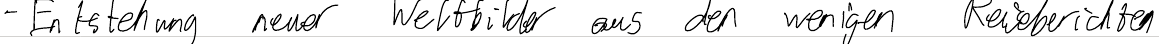
- Entstehung neuer Weltbilder aus den wenigen Reiseberichten